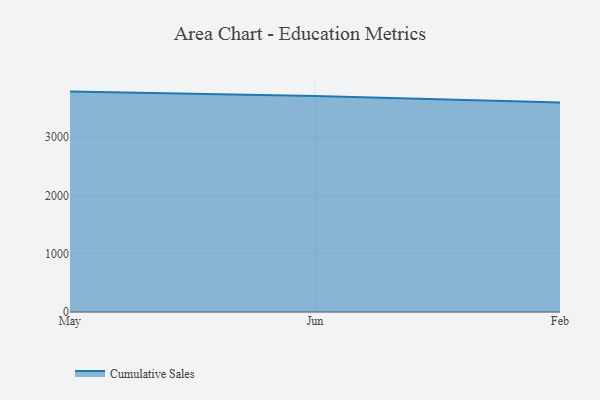
{"axis": {"x": "Month", "y": "Population (Million)"}, "legend": ["Cumulative Sales"], "data": [{"x": "May", "y": 3779.7, "type": "Cumulative Sales"}, {"x": "Jun", "y": 3703.2, "type": "Cumulative Sales"}, {"x": "Feb", "y": 3594.0, "type": "Cumulative Sales"}]}